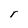
Character: r